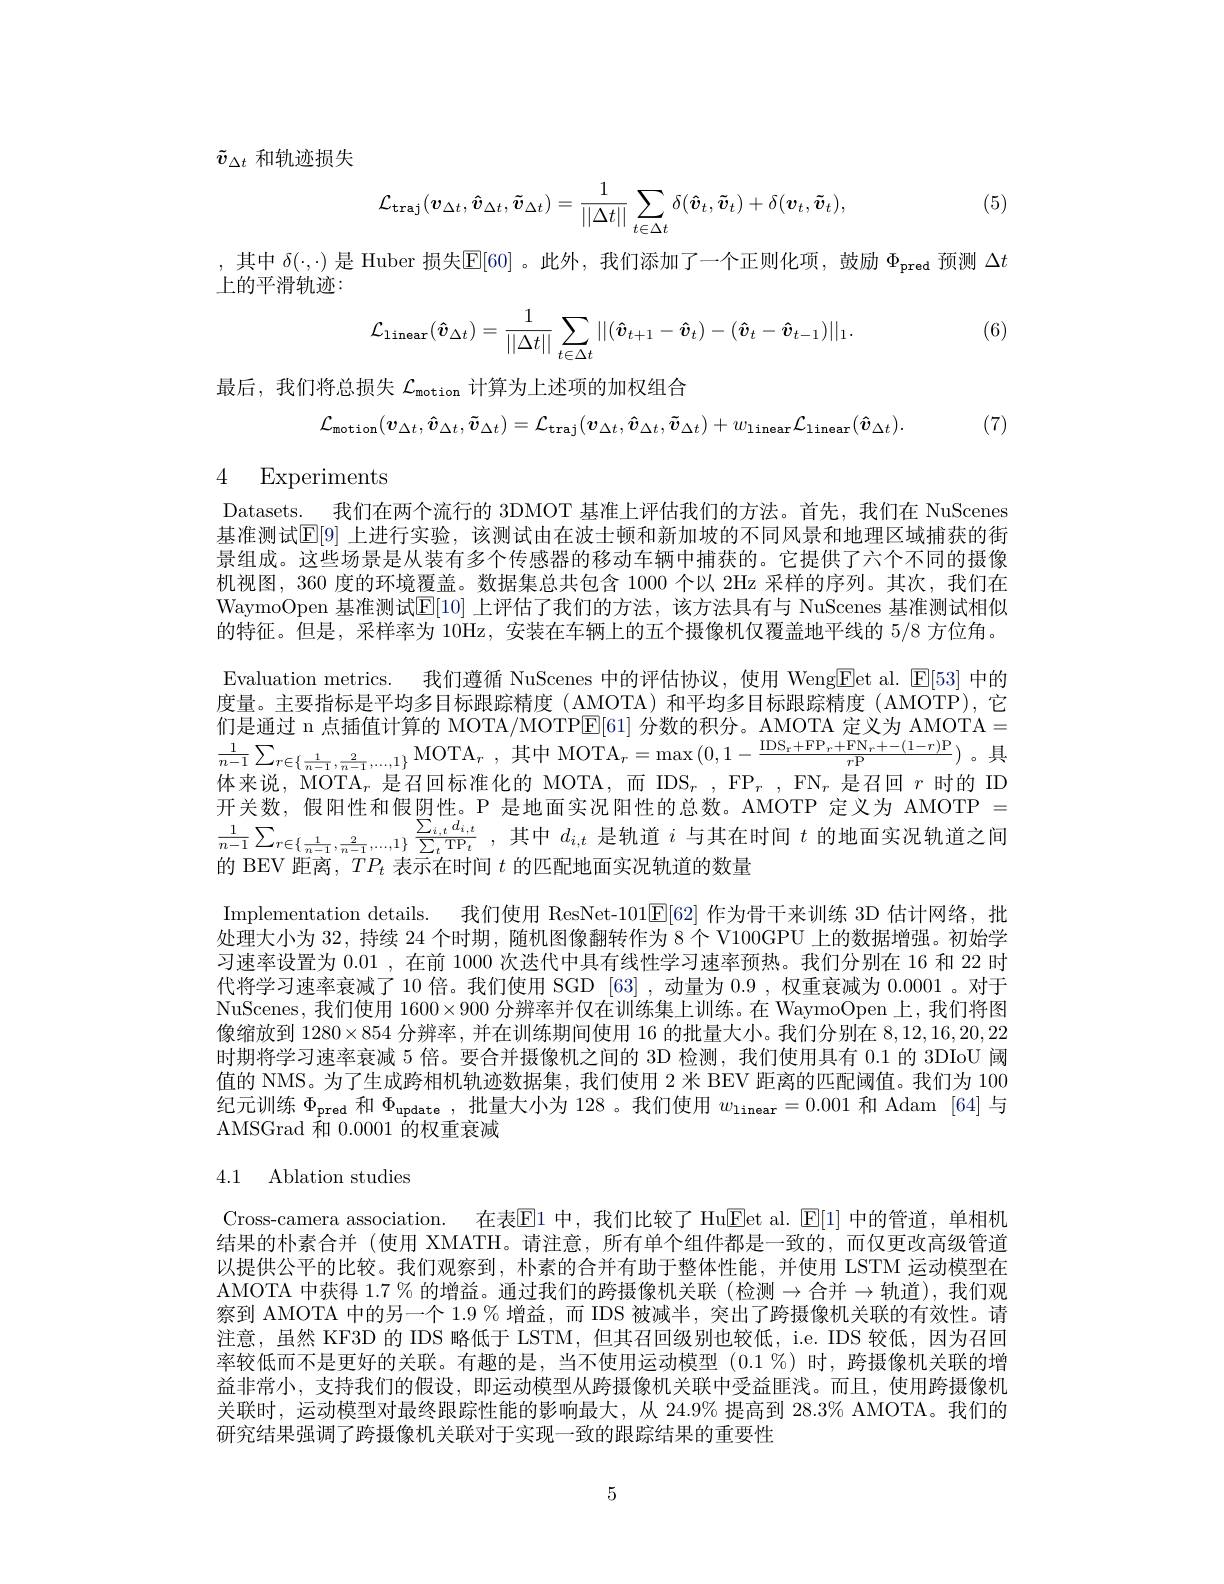
$\tilde{v}_{\Delta t}$和轨迹损失

(5)
$$\mathcal{L}_{\mathrm{traj}}(\boldsymbol{v}_{\Delta t},\hat{\boldsymbol{v}}_{\Delta t},\tilde{\boldsymbol{v}}_{\Delta t})=\frac{1}{||\Delta t||}\sum_{t\in\Delta t}\delta(\boldsymbol{\hat{v}}_{t},\tilde{\boldsymbol{v}}_{t})+\delta(\boldsymbol{v}_{t},\tilde{\boldsymbol{v}}_{t}),$$
,其中$\delta(\cdot,\cdot)$是 Huber 损失$\mathbb{E}[60]$ 。此外，我们添加了一个正则化项，鼓励$\Phi_\mathrm{pred}$预测$\Delta t$
上的平滑轨迹：
$$\mathcal{L}_{\mathrm{linear}}(\hat{\boldsymbol{v}}_{\Delta t})=\frac{1}{||\Delta t||}\sum_{t\in\Delta t}||(\hat{\boldsymbol{v}}_{t+1}-\hat{\boldsymbol{v}}_{t})-(\hat{\boldsymbol{v}}_{t}-\hat{\boldsymbol{v}}_{t-1})||_{1}.$$
(6)

最后，我们将总损失$\mathcal{L}_\mathrm{motion}$计算为上述项的加权组合
$$\mathcal{L}_{\mathrm{motion}}(\boldsymbol{v}_{\Delta t},\hat{\boldsymbol{v}}_{\Delta t},\tilde{\boldsymbol{v}}_{\Delta t})=\mathcal{L}_{\mathrm{traj}}(\boldsymbol{v}_{\Delta t},\hat{\boldsymbol{v}}_{\Delta t},\tilde{\boldsymbol{v}}_{\Delta t})+w_{\mathrm{linear}}\mathcal{L}_{\mathrm{linear}}(\hat{\boldsymbol{v}}_{\Delta t}).$$
(7)

4 Experiments

Datasets. 我们在两个流行的 3DMOT 基准上评估我们的方法。首先，我们在 NuScenes 基准测试$\mathbb{E}[9]$ 上进行实验，该测试由在波士顿和新加坡的不同风景和地理区域捕获的街景组成。这些场景是从装有多个传感器的移动车辆中捕获的。它提供了六个不同的摄像机视图，360 度的环境覆盖。数据集总共包含 1000 个以 2Hz 采样的序列。其次，我们在WaymoOpen 基准测试$\mathbb{E}[10]$ 上评估了我们的方法，该方法具有与 NuScenes 基准测试相似的特征。但是，采样率为 10Hz, 安装在车辆上的五个摄像机仅覆盖地平线的 5/8 方位角。Evaluation metrics. 我们遵循 NuScenes 中的评估协议，使用 WengEet al. $\mathbb{E}[53]$中的度量。主要指标是平均多目标跟踪精度(AMOTA)和平均多目标跟踪精度(AMOTP),它们是通过 n 点插值计算的 MOTA/MOTPE[61] 分数的积分。AMOTA 定义为 AMOTA= $\frac 1{n- 1}\sum _{r\in \{ \frac 1{n- 1}, \frac 2{n- 1}, \ldots , 1\} }\mathrm{MOTA}_{r}$ $, \text{其 中 MOTA}_{r}= \max \left ( 0, 1- \frac {\mathrm{IDS}_{r}+ \mathrm{FP}_{r}+ \mathrm{FN}_{r}+ - ( 1- r) \mathrm{P} }{r\mathrm{P} }\right )$。具 出 中 说 MOTA 目 刀 同 起 准 化 的 MOTA 面 IDC FD 目 刀 回 。叶 的体来说，MOTA$_r$是召回标准化的 MOTA,而 IDS$_r$, FP$_r$, FN$_r$是召回$r$时的 ID 开关数，假阳性和假阴性。P 是地面实况阳性的总数。AMOTP 定义为 AMOTP =
$\frac {\sum _{i, t}d_{i, t}}{\sum _{r\in \left \{ \frac 1{n- 1}, \frac 2{n- 1}, \ldots , 1\right \} }\frac {\sum _{i, t}d_{i, t}}{\sum _{t}\mathrm{TP}_{t}}}$ ,其中$d_i,t$ 是轨道$i$ 与其在时间 $t$ 的地面实况轨道之间
的 BEV 距离，$TP_t$表示在时间$t$的匹配地面实况轨道的数量
Implementation details. 我们使用 ResNet-101$\mathbb{E}[62]$作为骨干来训练 3D 估计网络，批处理大小为 32, 持续 24 个时期，随机图像翻转作为 8 个 V100GPU 上的数据增强。初始学习速率设置为0.01 ,在前 1000 次迭代中具有线性学习速率预热。我们分别在 16 和 22 时代将学习速率衰减了 10 倍。我们使用 SGD [63] ,动量为0.9 ,权重衰减为0.0001 。对于NuScenes, 我们使用$1600\times900$分辨率并仅在训练集上训练。在 WaymoOpen 上，我们将图像缩放到$1280\times854$分辨率，并在训练期间使用 16 的批量大小。我们分别在8，12,16,20,22时期将学习速率衰减 5 倍。要合并摄像机之间的 3D 检测，我们使用具有 0.1 的 3DIoU 阈值的 NMS。为了生成跨相机轨迹数据集，我们使用 2 米 BEV 距离的匹配阈值。我们为 100纪元训练$\Phi_\mathrm{pred}$和$\Phi_\mathrm{update}$ ,批量大小为 128 。我们使用$w_\mathrm{linear}=0.001$和 Adam [64]与AMSGrad 和0.0001的权重衰减

4.1 Ablation studies

Cross-camera association. 在表$\boxed{\mathrm{E}}1$ 中，我们比较了 Hu$\boxed{\mathrm{E}}$et al. $\boxed{\mathrm{E}}[1]$ 中的管道，单相机结果的朴素合并 (使用 XMATH。请注意，所有单个组件都是一致的，而仅更改高级管道以提供公平的比较。我们观察到，朴素的合并有助于整体性能，并使用 LSTM 运动模型在AMOTA 中获得 $1.7\%$ 的增益。通过我们的跨摄像机关联(检测$\to$合并$\to$轨道),我们观察到 AMOTA 中的另一个 1.9 % 增益，而 IDS 被减半，突出了跨摄像机关联的有效性。请注意，虽然 KF3D 的 IDS 略低于 LSTM, 但其召回级别也较低，i.e. IDS 较低，因为召回率较低而不是更好的关联。有趣的是，当不使用运动模型(0.1%)时，跨摄像机关联的增益非常小，支持我们的假设，即运动模型从跨摄像机关联中受益匪浅。而且，使用跨摄像机关联时，运动模型对最终跟踪性能的影响最大，从 24.9% 提高到 28.3% AMOTA。我们的研究结果强调了跨摄像机关联对于实现一致的跟踪结果的重要性

5